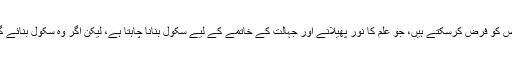
اسے مثال سے سمجھنا ہو تو ہم ایک ایسے شخص کو فرض کرسکتے ہیں، جو علم کا نور پھیلانے اور جہالت کے خاتمے کے لیے سکول بنانا چاہتا ہے، لیکن اگر وہ سکول بنائے گا تو بہت سی جزئی مشکلات بھی پیش آئیں گی۔